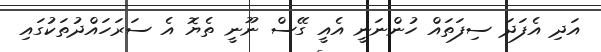
އަދި އެފަދަ ސިފަތައް ހުންނަނީ އެއީ ގޭސް ނޫނީ ތެޔޮ އެ ސަރަހައްދުތަކުގައި